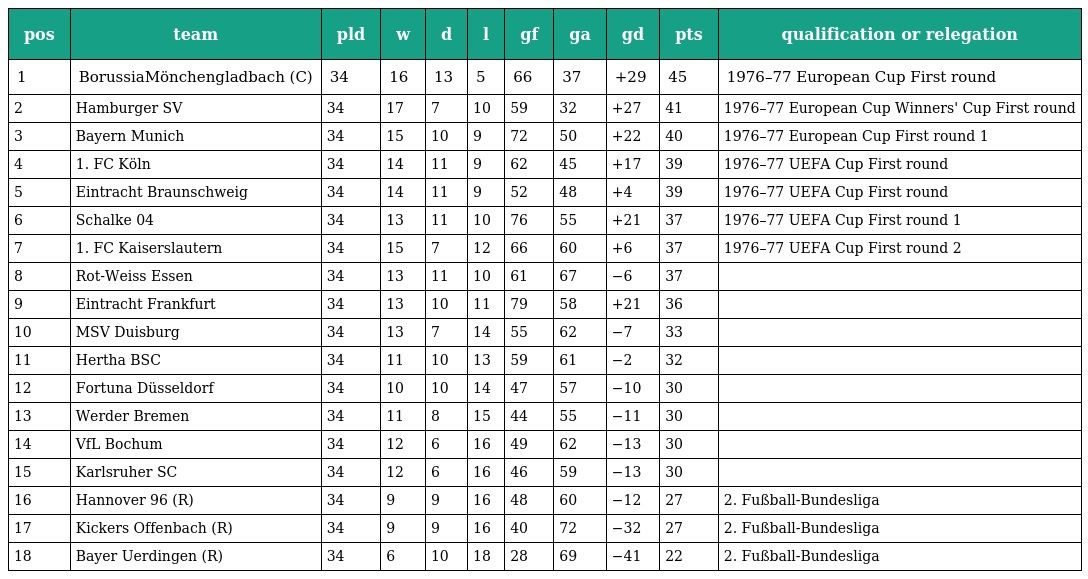
| pos | team | pld | w | d | l | gf | ga | gd | pts | qualification or relegation |
 | --- | --- | --- | --- | --- | --- | --- | --- | --- | --- | --- |
 | 1 | BorussiaMönchengladbach (C) | 34 | 16 | 13 | 5 | 66 | 37 | +29 | 45 | 1976–77 European Cup First round |
 | 2 | Hamburger SV | 34 | 17 | 7 | 10 | 59 | 32 | +27 | 41 | 1976–77 European Cup Winners' Cup First round |
 | 3 | Bayern Munich | 34 | 15 | 10 | 9 | 72 | 50 | +22 | 40 | 1976–77 European Cup First round 1 |
 | 4 | 1. FC Köln | 34 | 14 | 11 | 9 | 62 | 45 | +17 | 39 | 1976–77 UEFA Cup First round |
 | 5 | Eintracht Braunschweig | 34 | 14 | 11 | 9 | 52 | 48 | +4 | 39 | 1976–77 UEFA Cup First round |
 | 6 | Schalke 04 | 34 | 13 | 11 | 10 | 76 | 55 | +21 | 37 | 1976–77 UEFA Cup First round 1 |
 | 7 | 1. FC Kaiserslautern | 34 | 15 | 7 | 12 | 66 | 60 | +6 | 37 | 1976–77 UEFA Cup First round 2 |
 | 8 | Rot-Weiss Essen | 34 | 13 | 11 | 10 | 61 | 67 | −6 | 37 |  |
 | 9 | Eintracht Frankfurt | 34 | 13 | 10 | 11 | 79 | 58 | +21 | 36 |  |
 | 10 | MSV Duisburg | 34 | 13 | 7 | 14 | 55 | 62 | −7 | 33 |  |
 | 11 | Hertha BSC | 34 | 11 | 10 | 13 | 59 | 61 | −2 | 32 |  |
 | 12 | Fortuna Düsseldorf | 34 | 10 | 10 | 14 | 47 | 57 | −10 | 30 |  |
 | 13 | Werder Bremen | 34 | 11 | 8 | 15 | 44 | 55 | −11 | 30 |  |
 | 14 | VfL Bochum | 34 | 12 | 6 | 16 | 49 | 62 | −13 | 30 |  |
 | 15 | Karlsruher SC | 34 | 12 | 6 | 16 | 46 | 59 | −13 | 30 |  |
 | 16 | Hannover 96 (R) | 34 | 9 | 9 | 16 | 48 | 60 | −12 | 27 | 2. Fußball-Bundesliga |
 | 17 | Kickers Offenbach (R) | 34 | 9 | 9 | 16 | 40 | 72 | −32 | 27 | 2. Fußball-Bundesliga |
 | 18 | Bayer Uerdingen (R) | 34 | 6 | 10 | 18 | 28 | 69 | −41 | 22 | 2. Fußball-Bundesliga |